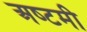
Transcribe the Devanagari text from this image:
अष्‍टमी